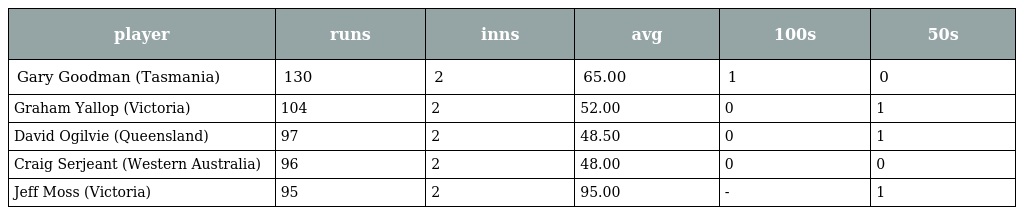
| player | runs | inns | avg | 100s | 50s |
 | --- | --- | --- | --- | --- | --- |
 | Gary Goodman (Tasmania) | 130 | 2 | 65.00 | 1 | 0 |
 | Graham Yallop (Victoria) | 104 | 2 | 52.00 | 0 | 1 |
 | David Ogilvie (Queensland) | 97 | 2 | 48.50 | 0 | 1 |
 | Craig Serjeant (Western Australia) | 96 | 2 | 48.00 | 0 | 0 |
 | Jeff Moss (Victoria) | 95 | 2 | 95.00 | - | 1 |